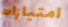
امتيازات